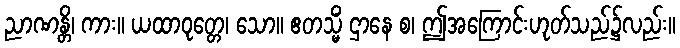
ညာဏန္တိ၊ ကား။ ယထာဝုတ္တေ၊ သော။ ဧတသ္မိံ ဌာနေ စ၊ ဤအကြောင်းဟုတ်သည်၌လည်း။